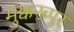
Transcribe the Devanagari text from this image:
मुक्करब्पुर